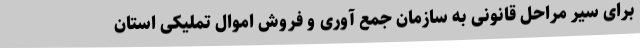
برای سیر مراحل قانونی به سازمان جمع آوری و فروش اموال تملیکی استان